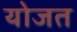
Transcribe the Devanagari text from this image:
योजत